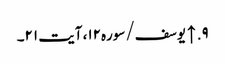
۹. ↑ یوسف/سوره۱۲، آیت ۲۱۔